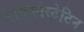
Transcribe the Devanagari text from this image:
मायकोस्टेटिन